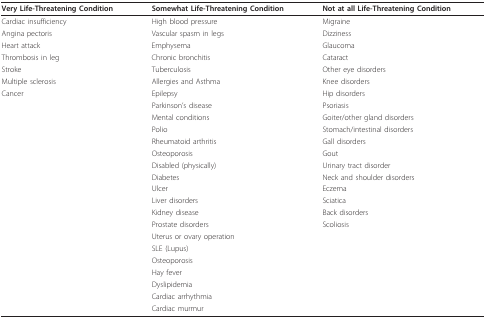
<table><thead><tr><td><b>Very Life-Threatening Condition</b></td><td><b>Somewhat Life-Threatening Condition</b></td><td><b>Not at all Life-Threatening Condition</b></td></tr></thead><tbody><tr><td>Cardiac insufficiency</td><td>High blood pressure</td><td>Migraine</td></tr><tr><td>Angina pectoris</td><td>Vascular spasm in legs</td><td>Dizziness</td></tr><tr><td>Heart attack</td><td>Emphysema</td><td>Glaucoma</td></tr><tr><td>Thrombosis in leg</td><td>Chronic bronchitis</td><td>Cataract</td></tr><tr><td>Stroke</td><td>Tuberculosis</td><td>Other eye disorders</td></tr><tr><td>Multiple sclerosis</td><td>Allergies and Asthma</td><td>Knee disorders</td></tr><tr><td>Cancer</td><td>Epilepsy</td><td>Hip disorders</td></tr><tr><td></td><td>Parkinson&#x27;s disease</td><td>Psoriasis</td></tr><tr><td></td><td>Mental conditions</td><td>Goiter/other gland disorders</td></tr><tr><td></td><td>Polio</td><td>Stomach/intestinal disorders</td></tr><tr><td></td><td>Rheumatoid arthritis</td><td>Gall disorders</td></tr><tr><td></td><td>Osteoporosis</td><td>Gout</td></tr><tr><td></td><td>Disabled (physically)</td><td>Urinary tract disorder</td></tr><tr><td></td><td>Diabetes</td><td>Neck and shoulder disorders</td></tr><tr><td></td><td>Ulcer</td><td>Eczema</td></tr><tr><td></td><td>Liver disorders</td><td>Sciatica</td></tr><tr><td></td><td>Kidney disease</td><td>Back disorders</td></tr><tr><td></td><td>Prostate disorders</td><td>Scoliosis</td></tr><tr><td></td><td>Uterus or ovary operation</td><td></td></tr><tr><td></td><td>SLE (Lupus)</td><td></td></tr><tr><td></td><td>Osteoporosis</td><td></td></tr><tr><td></td><td>Hay fever</td><td></td></tr><tr><td></td><td>Dyslipidemia</td><td></td></tr><tr><td></td><td>Cardiac arrhythmia</td><td></td></tr><tr><td></td><td>Cardiac murmur</td><td></td></tr></tbody></table>